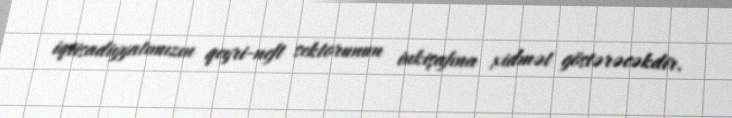
iqtisadiyyatımızın qeyri-neft sektorunun inkişafına xidmət göstərəcəkdir.